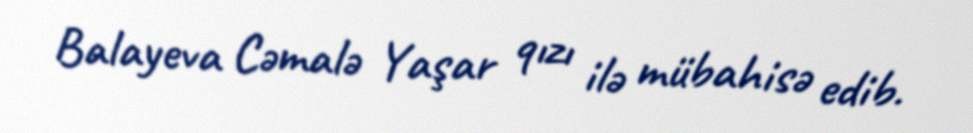
Balayeva Cəmalə Yaşar qızı ilə mübahisə edib.